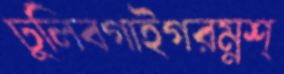
ঢুলিবগাইগরম্নশ্